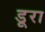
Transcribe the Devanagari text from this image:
डूरा